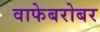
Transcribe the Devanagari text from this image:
वाफेबरोबर